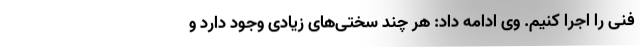
فنی را اجرا کنیم. وی ادامه داد: هر چند سختی‌های زیادی وجود دارد و